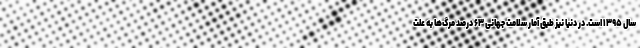
سال ۱۳۹۵ است. در دنیا نیز طبق آمار سلامت جهانی ۶۳ درصد مرگ‌ها به علت